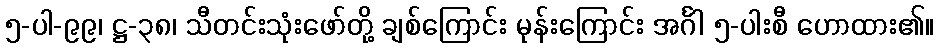
၅-ပါ-၉၉၊ ဋ္ဌ-၃၈၊ သီတင်းသုံးဖော်တို့ ချစ်ကြောင်း မုန်းကြောင်း အင်္ဂါ ၅-ပါးစီ ဟောထား၏။